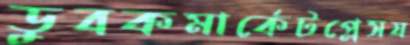
ডুবকমার্কেটপ্লেসয